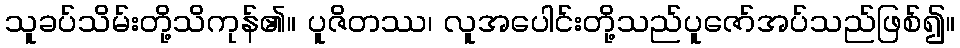
သူခပ်သိမ်းတို့သိကုန်၏။ ပူဇိတဿ၊ လူအပေါင်းတို့သည်ပူဇော်အပ်သည်ဖြစ်၍။